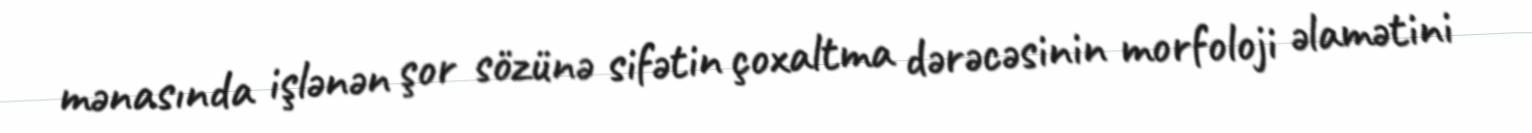
mənasında işlənən şor sözünə sifətin çoxaltma dərəcəsinin morfoloji əlamətini